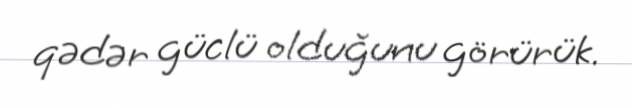
qədər güclü olduğunu görürük.